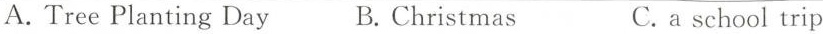
A.Tree Planting Day B.Christmas C.a school trip